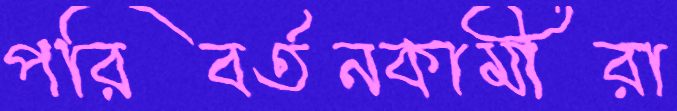
পরিবর্তনকামীরা